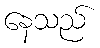
နေသည်